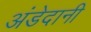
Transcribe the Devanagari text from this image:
अंडेदानी